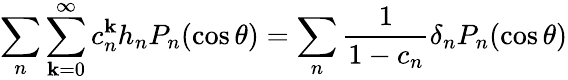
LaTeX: \sum_{n}\sum_{\mathbf{k}=0}^{\infty}c_{n}^{\mathbf{k}}h_{n}P_{n}(\cos\theta)=\sum_{n}{\frac{{1}}{{1-c_{n}}}}\delta_{n}P_{n}(\cos\theta)